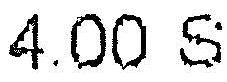
4.00 S